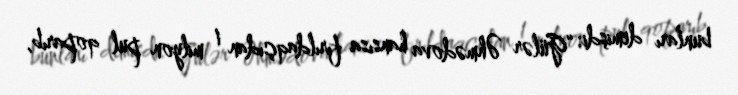
bunları demişdi: “Gülər Əhmədova hansısa fırıldaqçıdan 1 milyon pul qoparıb,